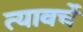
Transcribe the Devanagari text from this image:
त्यावर्चे